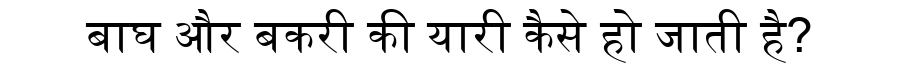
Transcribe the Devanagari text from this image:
बाघ और बकरी की यारी कैसे हो जाती है?